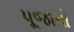
પૂજાતો